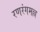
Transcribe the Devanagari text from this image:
रणरंगमल्ल